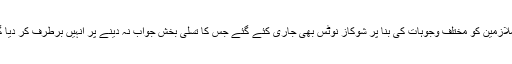
بعض ملازمین کو مختلف وجوہات کی بنا پر شوکاز نوٹس بھی جاری کئے گئے جس کا تسلی بخش جواب نہ دینے پر انہیں برطرف کر دیا گیا ہے۔